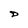
Character: D